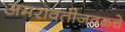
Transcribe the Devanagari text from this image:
अमरावतीजवळचे